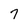
Character: 7